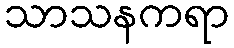
သာသနကရာ